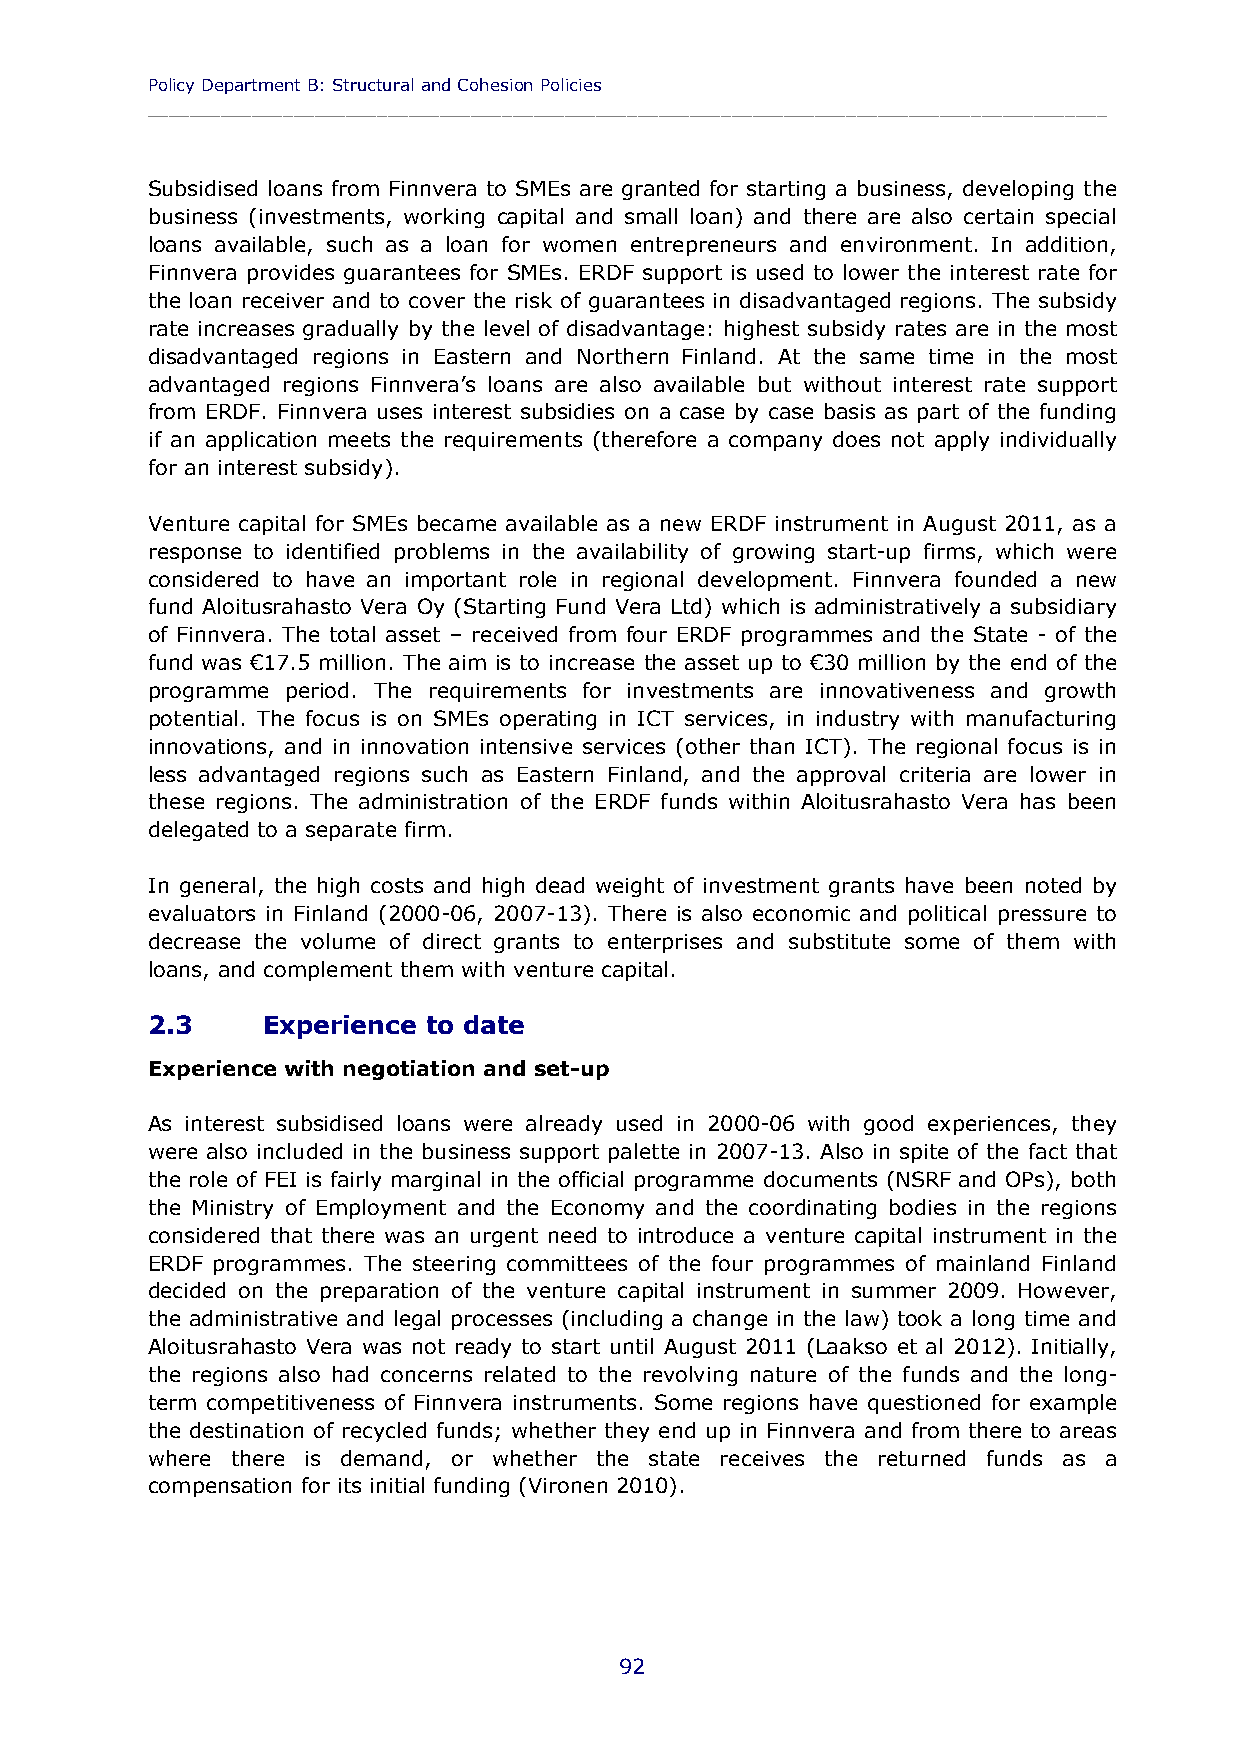
Policy Department B: Structural and Cohesion Policies
 ____________________________________________________________________________________________
 Subsidised loans from Finnvera to SMEs are granted for starting a business, developing the
 business (investments, working capital and small loan) and there are also certain special
 loans available, such as a loan for women entrepreneurs and environment. In addition,
 Finnvera provides guarantees for SMEs. ERDF support is used to lower the interest rate for
 the loan receiver and to cover the risk of guarantees in disadvantaged regions. The subsidy
 rate increases gradually by the level of disadvantage: highest subsidy rates are in the most
 disadvantaged regions in Eastern and Northern Finland. At the same time in the most
 advantaged regions Finnvera’s loans are also available but without interest rate support
 from ERDF. Finnvera uses interest subsidies on a case by case basis as part of the funding
 if an application meets the requirements (therefore a company does not apply individually
 for an interest subsidy).
 Venture capital for SMEs became available as a new ERDF instrument in August 2011, as a
 response to identified problems in the availability of growing start-up firms, which were
 considered to have an important role in regional development. Finnvera founded a new
 fund Aloitusrahasto Vera Oy (Starting Fund Vera Ltd) which is administratively a subsidiary
 of Finnvera. The total asset – received from four ERDF programmes and the State - of the
 fund was €17.5 million. The aim is to increase the asset up to €30 million by the end of the
 programme period. The requirements for investments are innovativeness and growth
 potential. The focus is on SMEs operating in ICT services, in industry with manufacturing
 innovations, and in innovation intensive services (other than ICT). The regional focus is in
 less advantaged regions such as Eastern Finland, and the approval criteria are lower in
 these regions. The administration of the ERDF funds within Aloitusrahasto Vera has been
 delegated to a separate firm.
 In general, the high costs and high dead weight of investment grants have been noted by
 evaluators in Finland (2000-06, 2007-13). There is also economic and political pressure to
 decrease the volume of direct grants to enterprises and substitute some of them with
 loans, and complement them with venture capital.
 2.3    Experience to date
 Experience with negotiation and set-up
 As interest subsidised loans were already used in 2000-06 with good experiences, they
 were also included in the business support palette in 2007-13. Also in spite of the fact that
 the role of FEI is fairly marginal in the official programme documents (NSRF and OPs), both
 the Ministry of Employment and the Economy and the coordinating bodies in the regions
 considered that there was an urgent need to introduce a venture capital instrument in the
 ERDF programmes. The steering committees of the four programmes of mainland Finland
 decided on the preparation of the venture capital instrument in summer 2009. However,
 the administrative and legal processes (including a change in the law) took a long time and
 Aloitusrahasto Vera was not ready to start until August 2011 (Laakso et al 2012). Initially,
 the regions also had concerns related to the revolving nature of the funds and the long-
 term competitiveness of Finnvera instruments. Some regions have questioned for example
 the destination of recycled funds; whether they end up in Finnvera and from there to areas
 where there is demand, or whether the state receives the returned funds as a
 compensation for its initial funding (Vironen 2010).
 92